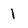
Character: 1